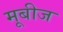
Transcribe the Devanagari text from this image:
मूबीज